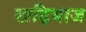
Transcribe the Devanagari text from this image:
खड़ियाज